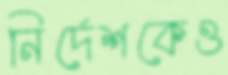
নির্দেশকেও